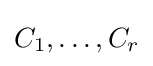
C_{1},\ldots ,C_{r}